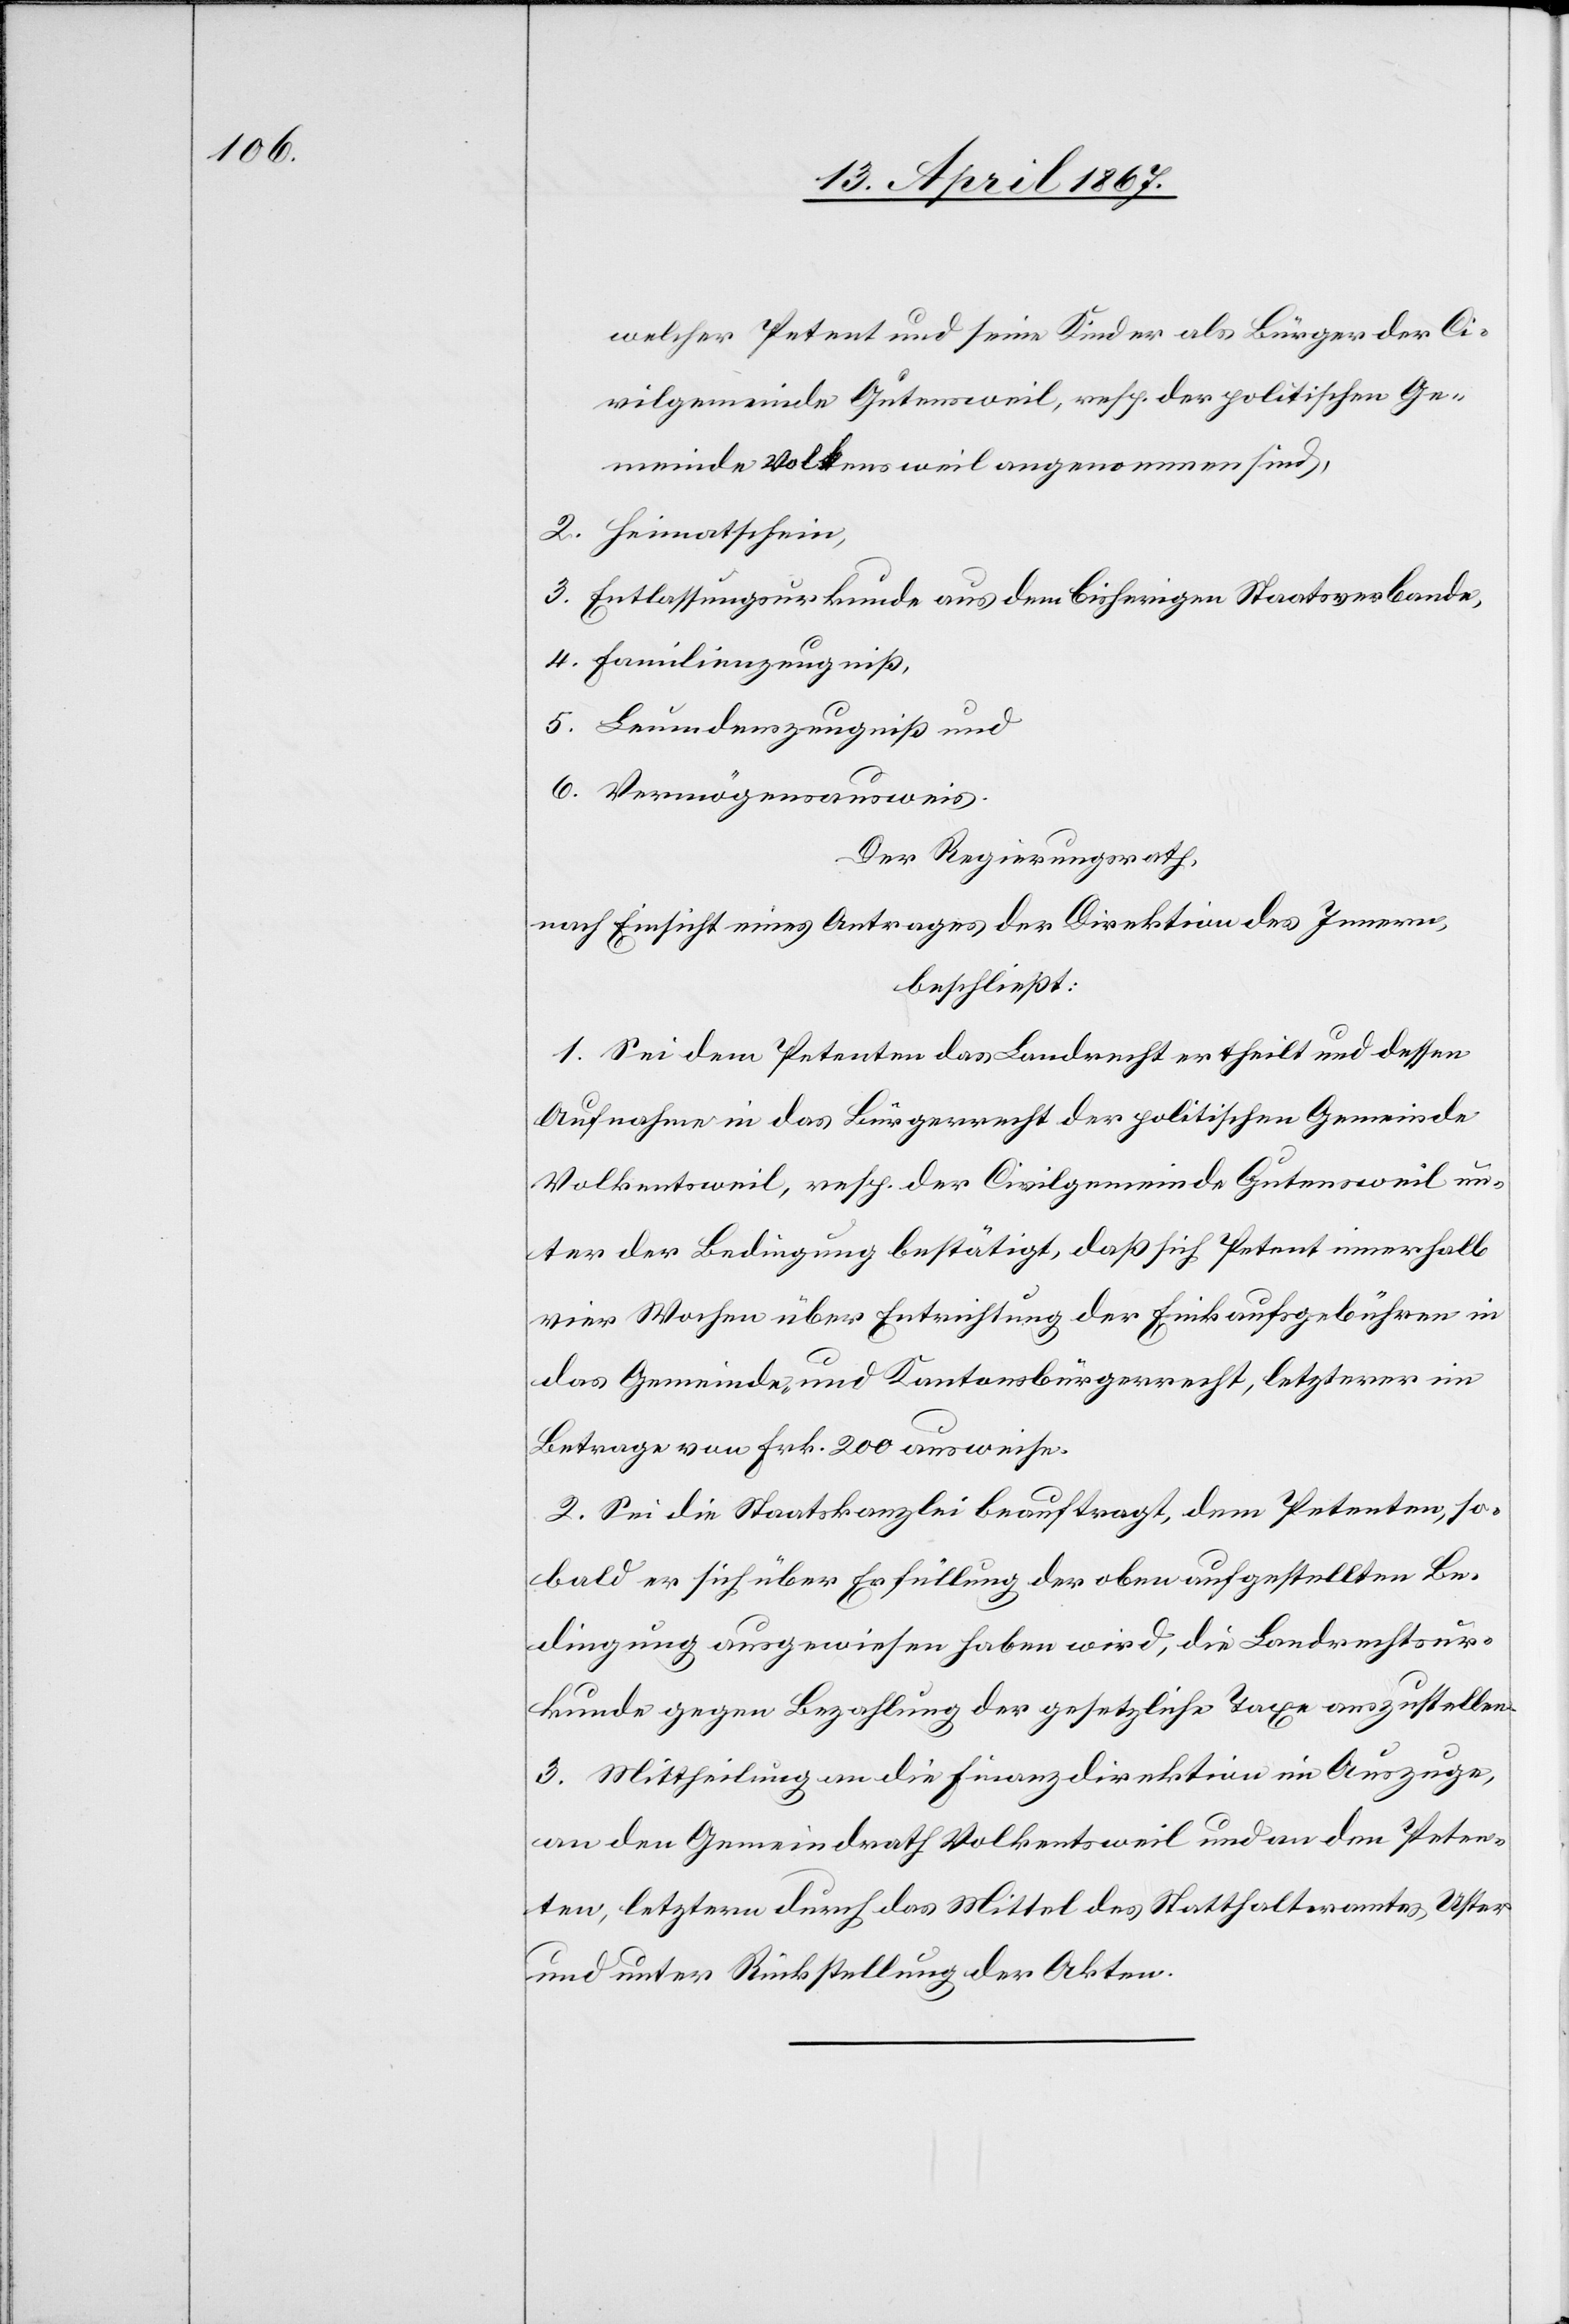
welcher Petent und seine Kinder als Bürger der Ci¬
vilgemeinde Gutensweil, resp. der politischen Ge¬
meinde Volken[t]sweil angenommen sind,
2.	Heimatschein,
3.	Entlassungsurkunde aus dem bisherigen Staatsverbande,
4.	Familienzeugniß,
5.	Leumdenszeugniß und
6.	Vermögensausweis.
Der Regierungsrath,
nach Einsicht eines Antrages der Direktion des Innern,
beschließt:
1. Sei dem Petenten das Landrecht ertheilt und dessen
Aufnahme in das Bürgerrecht der politischen Gemeinde
Volkentsweil, resp. der Civilgemeinde Gutensweil un¬
ter der Bedingung bestätigt, daß sich Petent innerhalb
vier Wochen über Entrichtung der Einkaufsgebühren in
das Gemeinde- und Kantonsbürgerrecht, letzterer im
Betrage von Frk. 200 ausweise.
2. Sei die Staatskanzlei beauftragt, dem Petenten, so¬
bald er sich über Erfüllung der oben aufgestellten Be¬
dingung ausgewiesen haben wird, die Landrechtsur¬
kunde gegen Bezahlung der gesetzlichen Taxe auszustellen.
3. Mittheilung an die Finanzdirektion im Auszuge,
an den Gemeindrath Volkentsweil und an den Peten¬
ten, letzterm durch das Mittel des Statthalteramtes Uster
und unter Rückstellung der Akten.